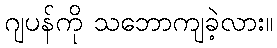
ဂျပန်ကို သဘောကျခဲ့လား။